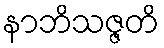
နာဘိသဇ္ဇတိ